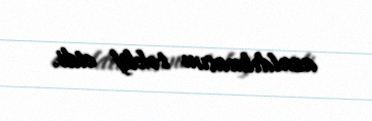
azaldılmasını təklif etdi.